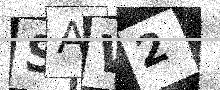
Text: SAW2